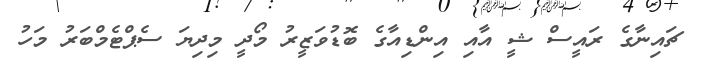
ޗައިނާގެ ރައީސް ޝީ އާއި އިންޑިއާގެ ބޮޑުވަޒީރު މޯދީ މިދިޔަ ސެޕްޓެމްބަރު މަހު